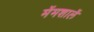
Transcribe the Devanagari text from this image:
मेंमशालें